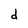
Character: d